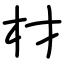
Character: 材